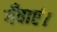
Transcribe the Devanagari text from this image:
गँवाएं।